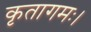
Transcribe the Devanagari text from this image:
कृतागमः।